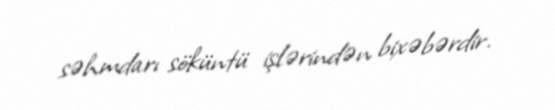
səhmdarı söküntü işlərindən bixəbərdir.